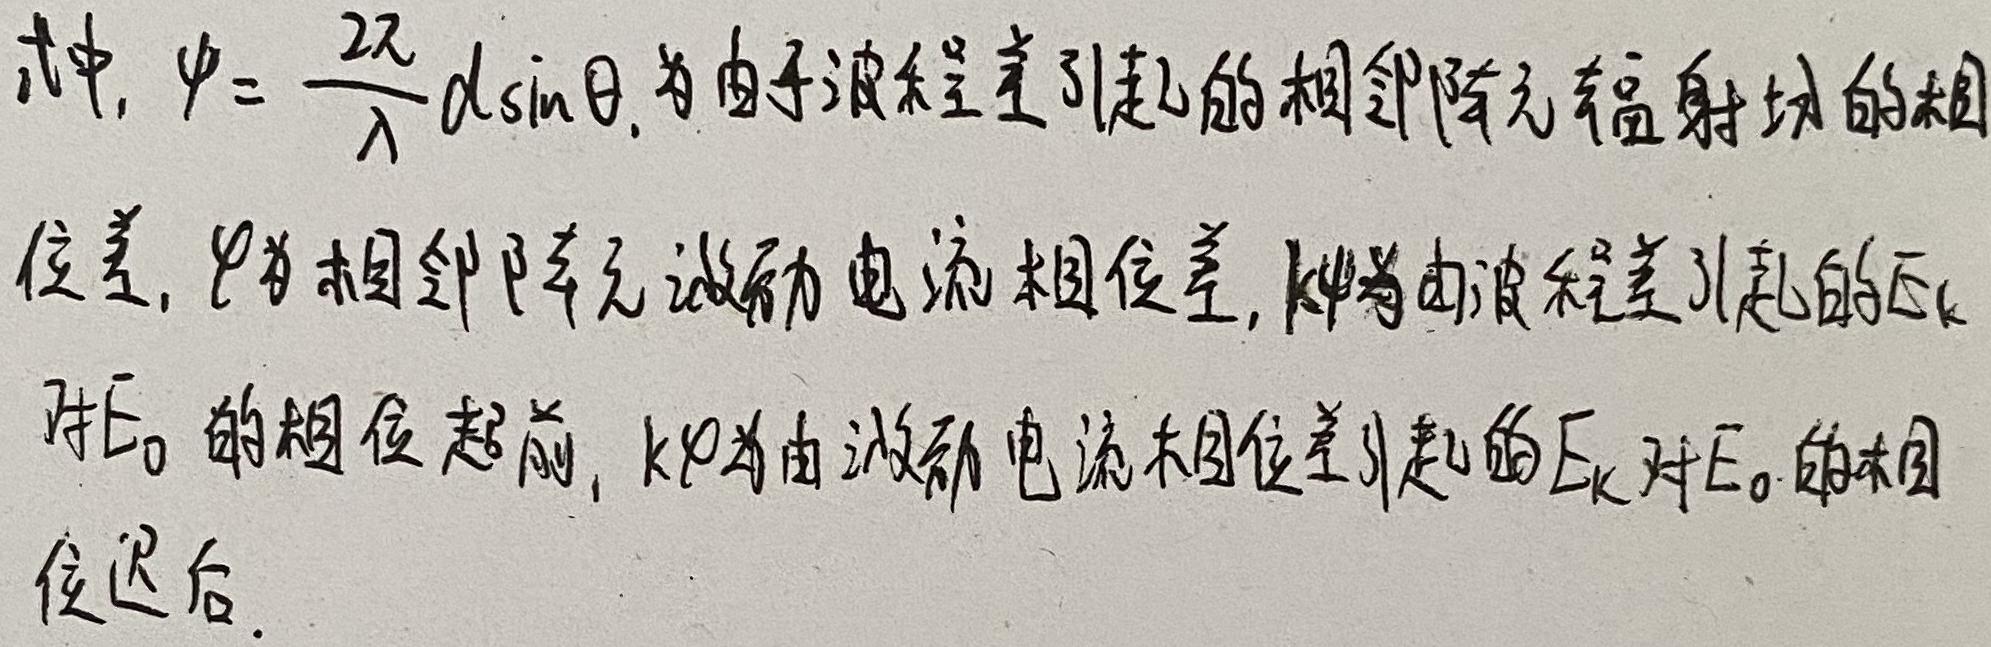
式中, $\psi = \frac{2\pi}{\lambda}d\sin\theta$, 为由于波程差引起的相邻阵元辐射场的相位差, $\varphi$ 为相邻阵元激励电流相位差, $k\psi$ 为由波程差引起的 $E_{k}$ 对 $E_{0}$ 的相位超前, $k\varphi$ 为由激励电流相位差引起的 $E_{k}$ 对 $E_{0}$ 的相位迟后.